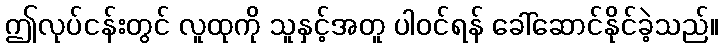
ဤလုပ်ငန်းတွင် လူထုကို သူနှင့်အတူ ပါဝင်ရန် ခေါ်ဆောင်နိုင်ခဲ့သည်။